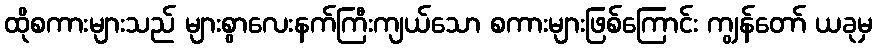
ထိုစကားများသည် များစွာလေးနက်ကြီးကျယ်သော စကားများဖြစ်ကြောင်း ကျွန်တော် ယခုမှ